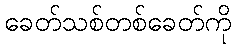
ခေတ်သစ်တစ်ခေတ်ကို